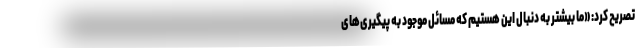
تصریح کرد: «ما بیشتر به دنبال این هستیم که مسائل موجود به پیگیری‌های